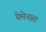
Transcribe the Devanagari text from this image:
येमेनात